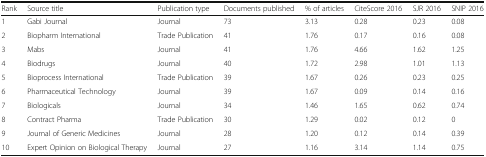
<table><thead><tr><td><b>Rank</b></td><td><b>Source title</b></td><td><b>Publication type</b></td><td><b>Documents published</b></td><td><b>% of articles</b></td><td><b>CiteScore 2016</b></td><td><b>SJR 2016</b></td><td><b>SNIP 2016</b></td></tr></thead><tbody><tr><td>1</td><td>Gabi Journal</td><td>Journal</td><td>73</td><td>3.13</td><td>0.28</td><td>0.23</td><td>0.08</td></tr><tr><td>2</td><td>Biopharm International</td><td>Trade Publication</td><td>41</td><td>1.76</td><td>0.17</td><td>0.16</td><td>0.08</td></tr><tr><td>3</td><td>Mabs</td><td>Journal</td><td>41</td><td>1.76</td><td>4.66</td><td>1.62</td><td>1.25</td></tr><tr><td>4</td><td>Biodrugs</td><td>Journal</td><td>40</td><td>1.72</td><td>2.98</td><td>1.01</td><td>1.13</td></tr><tr><td>5</td><td>Bioprocess International</td><td>Trade Publication</td><td>39</td><td>1.67</td><td>0.26</td><td>0.23</td><td>0.25</td></tr><tr><td>6</td><td>Pharmaceutical Technology</td><td>Journal</td><td>39</td><td>1.67</td><td>0.09</td><td>0.14</td><td>0.16</td></tr><tr><td>7</td><td>Biologicals</td><td>Journal</td><td>34</td><td>1.46</td><td>1.65</td><td>0.62</td><td>0.74</td></tr><tr><td>8</td><td>Contract Pharma</td><td>Trade Publication</td><td>30</td><td>1.29</td><td>0.02</td><td>0.12</td><td>0</td></tr><tr><td>9</td><td>Journal of Generic Medicines</td><td>Journal</td><td>28</td><td>1.20</td><td>0.12</td><td>0.14</td><td>0.39</td></tr><tr><td>10</td><td>Expert Opinion on Biological Therapy</td><td>Journal</td><td>27</td><td>1.16</td><td>3.14</td><td>1.14</td><td>0.75</td></tr></tbody></table>